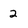
Character: 2